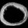
Digit: ၀